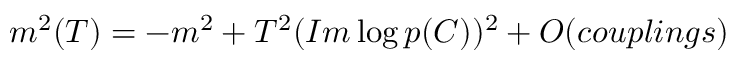
m ^ { 2 } ( T ) = - m ^ { 2 } + T ^ { 2 } ( I m \log p ( C ) ) ^ { 2 } + O ( c o u p l i n g s )